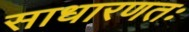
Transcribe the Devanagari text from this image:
साधारणतः